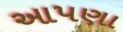
આપણા